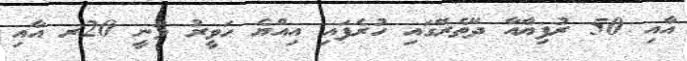
އާއި 50 ރުފިޔާއާ ދޭތެރޭގައި ހުރެފައި އިއްޔެ ހަވީރު ވަނީ 20ރ އާއި